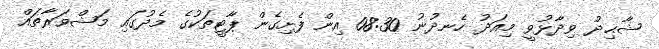
ޝާޙިދު ވިދާޅުވީ މިއަދު ހެނދުނު 08:30 އިން ފެށިގެން ޕާޓީތަކުގެ މެދުގައި މަޝްވަރާތައް